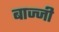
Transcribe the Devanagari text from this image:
बाज्जी